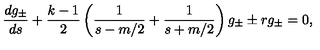
\frac { d g _ { \pm } } { d s } + \frac { k - 1 } { 2 } \left( \frac { 1 } { s - m / 2 } + \frac { 1 } { s + m / 2 } \right) g _ { \pm } \pm r g _ { \pm } = 0 ,